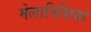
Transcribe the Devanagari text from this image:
मेलानिशिया